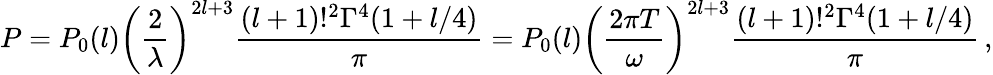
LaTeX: P=P_{0}(l)\left(\frac{2}{\lambda}\right)^{2l+3}\frac{(l+1)!^{2}\Gamma^{4}(1+l/4)}{\pi}=P_{0}(l)\left(\frac{2\pi T}{\omega}\right)^{2l+3}\frac{(l+1)!^{2}\Gamma^{4}(1+l/4)}{\pi}\, ,